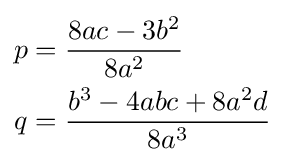
{\begin{aligned}p&={\frac {8ac-3b^{2}}{8a^{2}}}\\q&={\frac {b^{3}-4abc+8a^{2}d}{8a^{3}}}\end{aligned}}